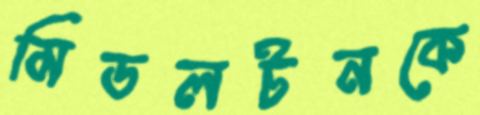
মিডলটনকে